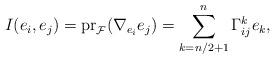
LaTeX: \begin{align*}I(e_i,e_j)=\mathrm{pr}_{\mathcal{F}}(\nabla_{e_i}e_j)=\sum_{k=n/2+1}^{n} \Gamma_{ij}^ke_k, \end{align*}